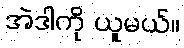
အဲဒါကို ယူမယ်။